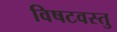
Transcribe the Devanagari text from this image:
विषटवस्तु